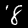
Digit: 8